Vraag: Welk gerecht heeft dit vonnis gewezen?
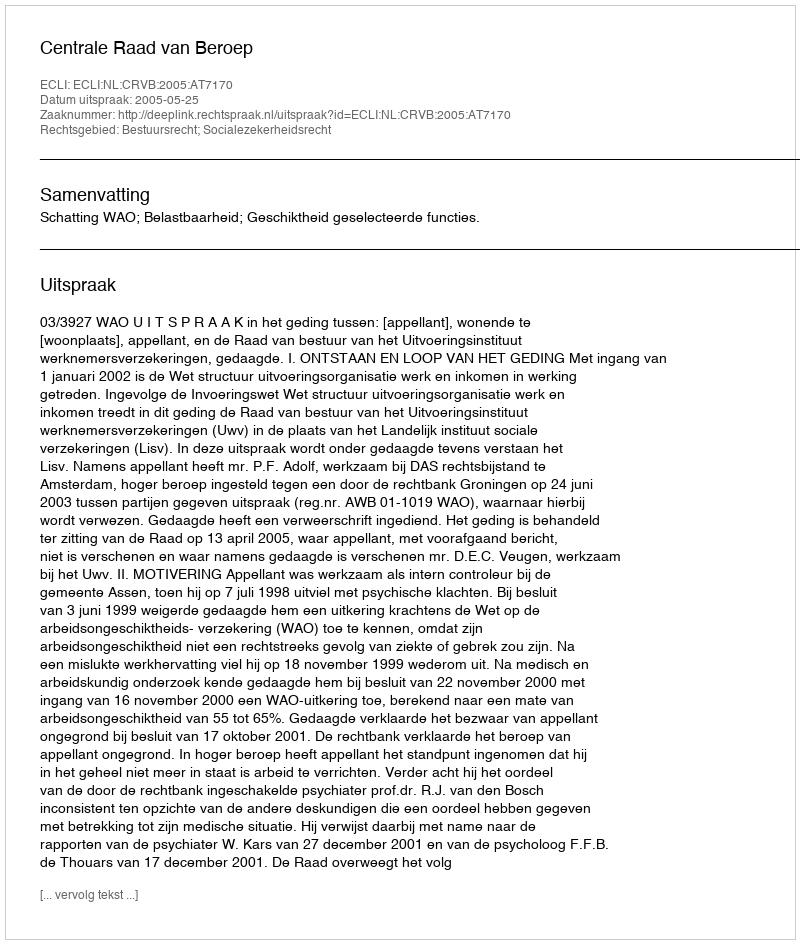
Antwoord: Centrale Raad van Beroep